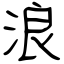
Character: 浪